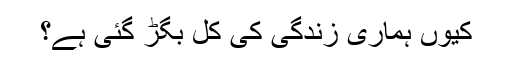
کیوں ہماری زندگی کی کل بگڑ گئی ہے؟